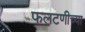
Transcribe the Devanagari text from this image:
फलटणीच्या